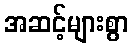
အဆင့်များစွာ